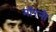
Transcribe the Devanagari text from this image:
माँरनी